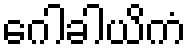
ဂေါခါယိကံ